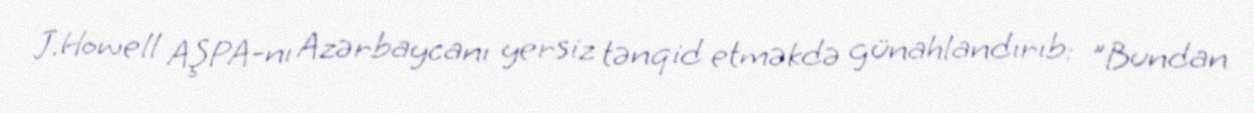
J.Howell AŞPA-nı Azərbaycanı yersiz tənqid etməkdə günahlandırıb: "Bundan